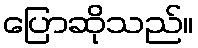
ပြောဆိုသည်။